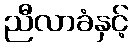
ညီလာခံနှင့်